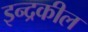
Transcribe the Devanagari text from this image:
इन्द्रकील